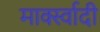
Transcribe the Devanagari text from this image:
मार्क्स्वादी